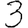
Digit: 3